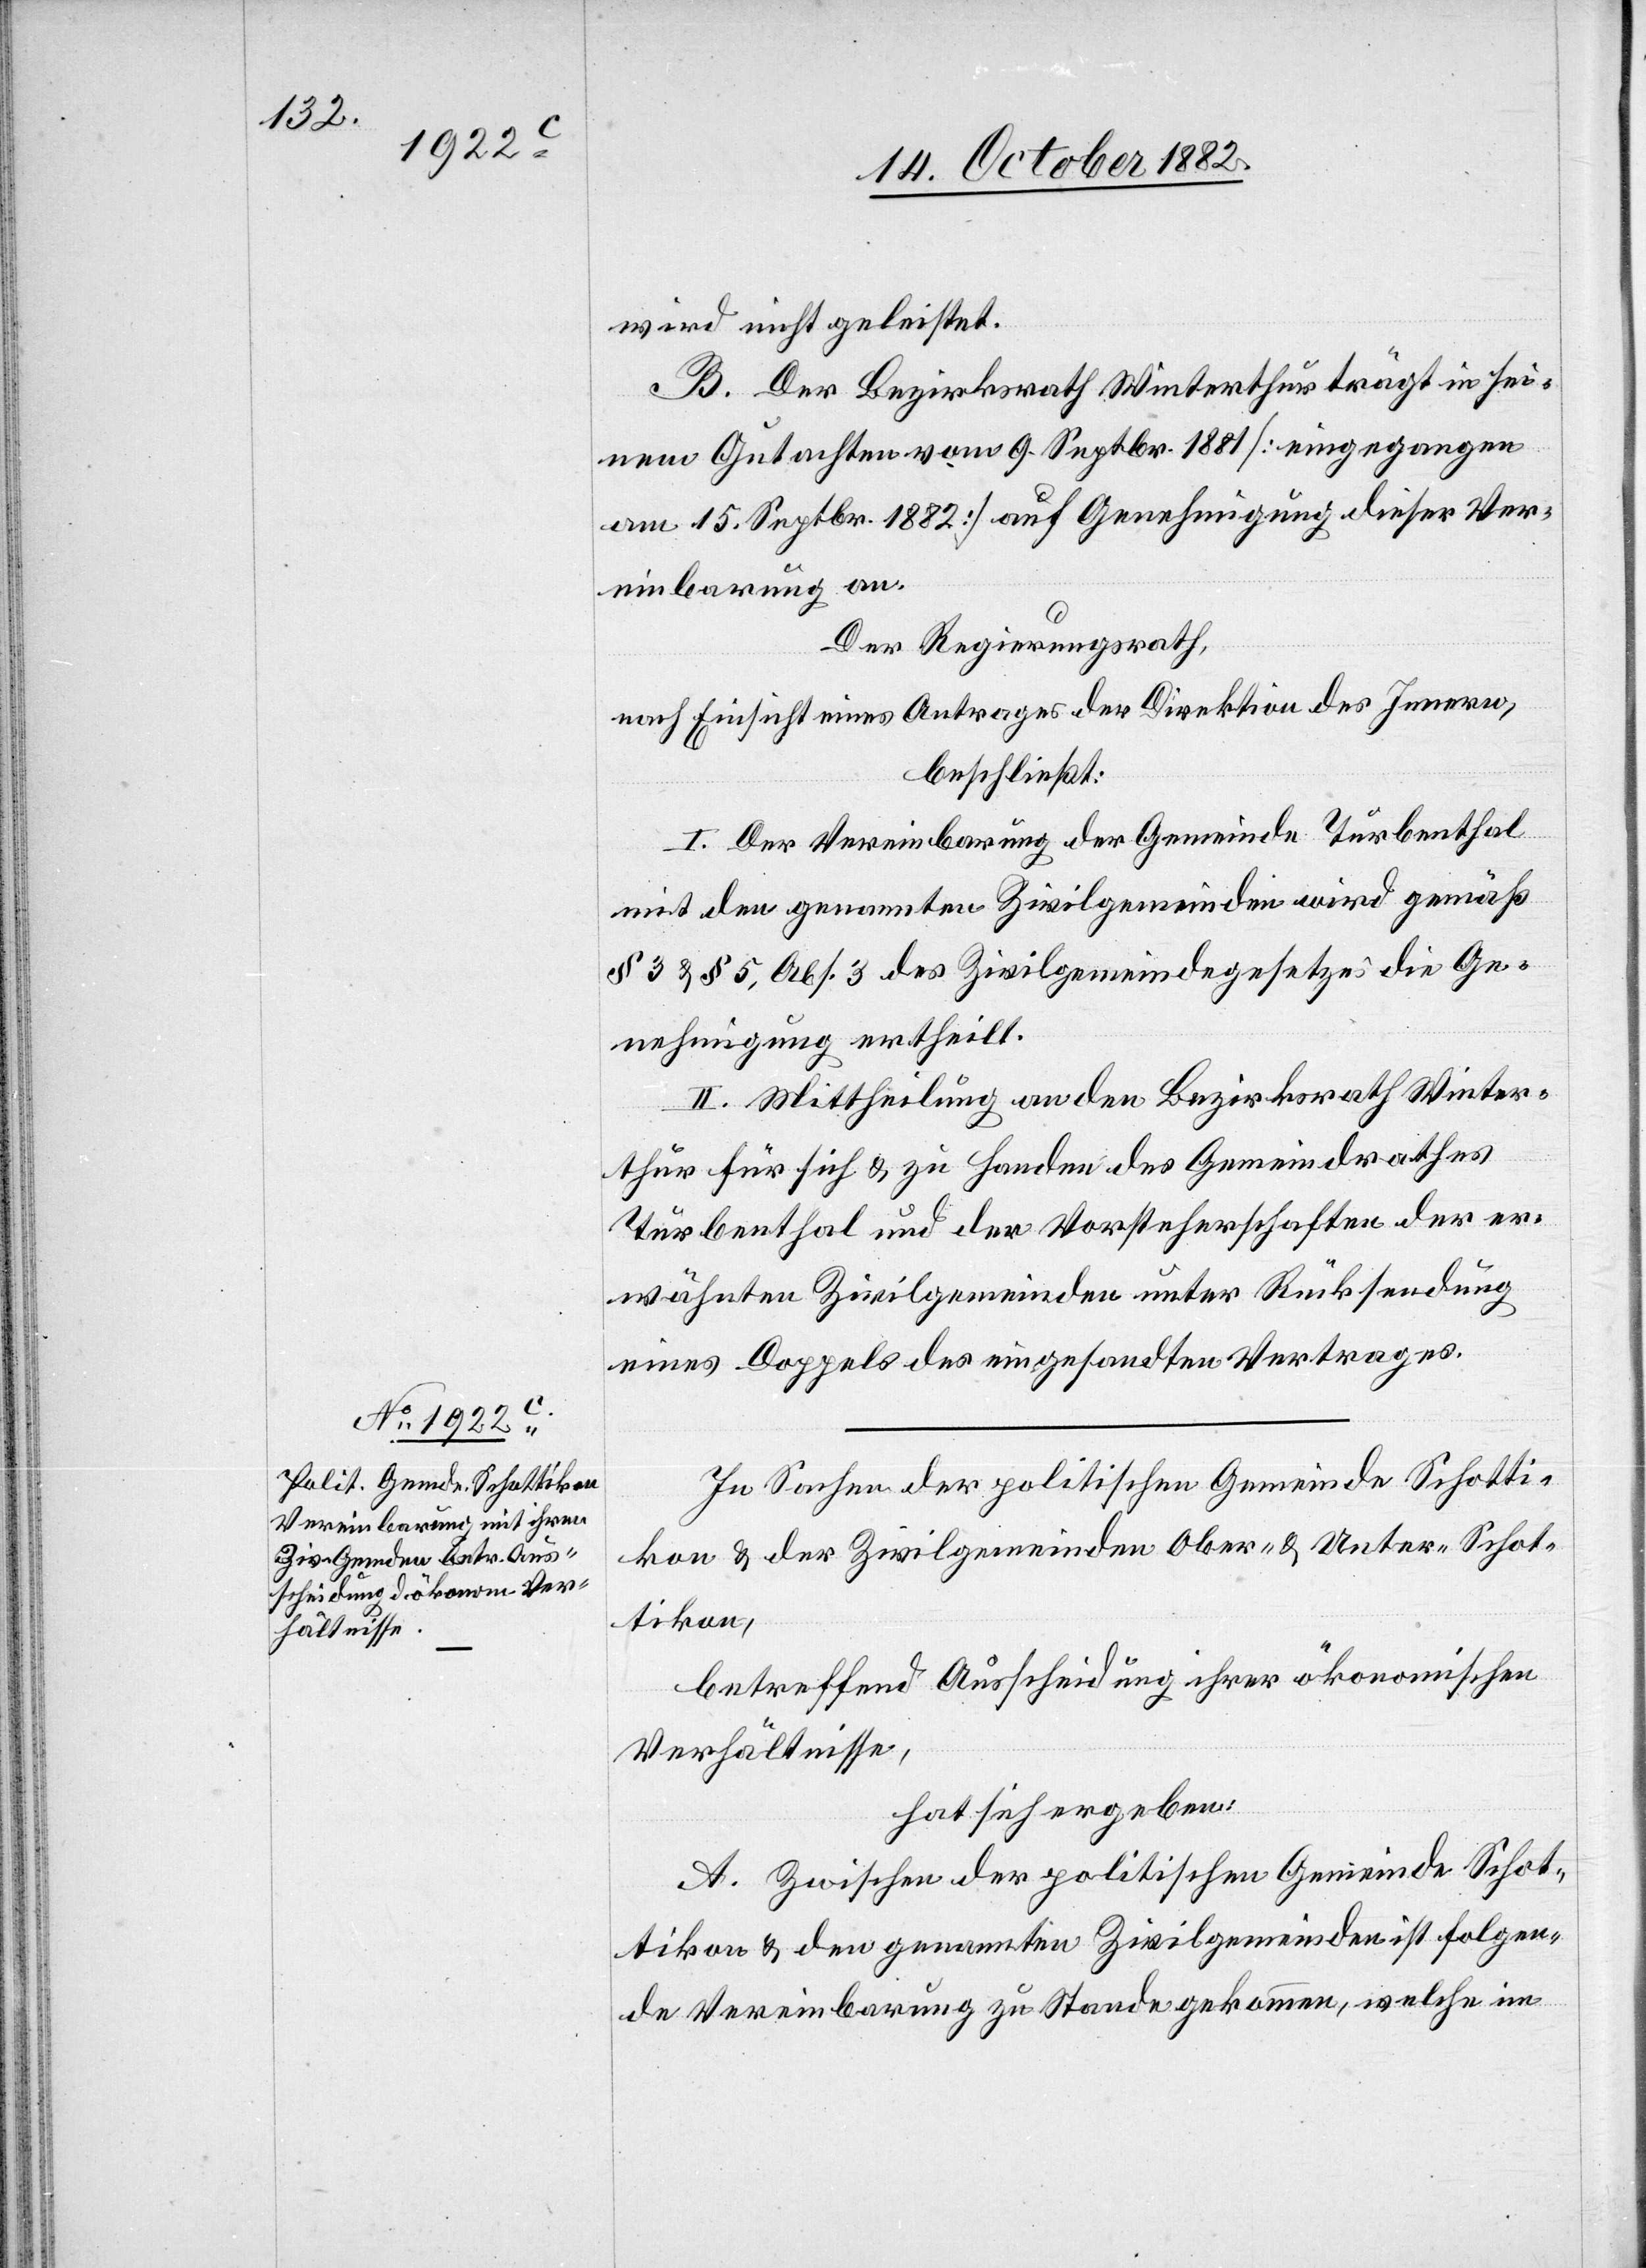
wird nicht geleistet.
B. Der Bezirksrath Winterthur trägt in sei¬
nem Gutachten vom 9. Septbr. 1881 [eingegangen
am 15. Septbr. 1882] auf Genehmigung dieser Ver¬
einbarung an.
Der Regierungsrath,
nach Einsicht eines Antrages der Direktion des Innern,
beschließt:
I. Der Vereinbarung der Gemeinde Turbenthal
mit den genannten Zivilgemeinden wird gemäß
§ 3 & § 5, Abs. 3 des Zivilgemeindegesetzes die Ge¬
nehmigung ertheilt.
II. Mittheilung an den Bezirksrath Winter¬
thur für sich & zu Handen des Gemeindrathes
Turbenthal und der Vorsteherschaften der er¬
wähnten Zivilgemeinden unter Rücksendung
eines Doppels des eingesandten Vertrages.
In Sachen der politischen Gemeinde Schotti¬
kon & der Zivilgemeinden Ober- & Unter-Schot¬
tikon,
betreffend Ausscheidung ihrer ökonomischen
Verhältnisse,
hat sich ergeben:
A. Zwischen der politischen Gemeinde Schot¬
tikon & den genannten Zivilgemeinden ist folgen¬
de Vereinbarung zu Stande gekommen, welche im